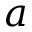
a